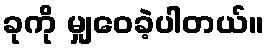
ခုကို မျှဝေခဲ့ပါတယ်။